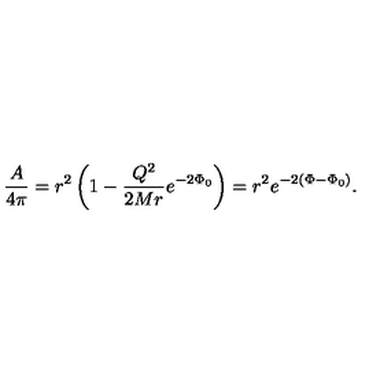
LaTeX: { \frac { A } { 4 \pi } } = r ^ { 2 } \left( 1 - { \frac { Q ^ { 2 } } { 2 M r } } e ^ { - 2 \Phi _ { 0 } } \right) = r ^ { 2 } e ^ { - 2 \left( \Phi - \Phi _ { 0 } \right) } .